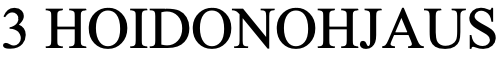
3 HOIDONOHJAUS